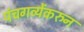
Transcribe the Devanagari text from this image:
पंचगव्येंकरुन